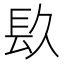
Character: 镹